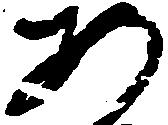
あ